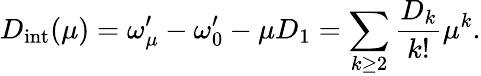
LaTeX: D_{\mathrm{int}}(\mu)=\omega_{\mu}^{\prime}-\omega_{0}^{\prime}-\mu D_{1}=\sum_{k\geq 2}\frac{D_{k}}{k!}\mu^{k}.